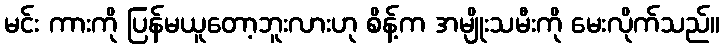
မင်း ကားကို ပြန်မယူတော့ဘူးလားဟု စိန့်က အမျိုးသမီးကို မေးလိုက်သည်။